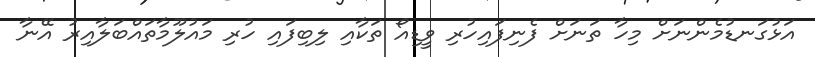
އަޅުގަނޑުމެންނަށް މިހާ ތަނަށް ފެނިފައިހުރި ވީޑިއޯ ތަކާއި ލިބިފައި ހުރި މައުލޫމާތައްބަލާއިރު އޭނާ